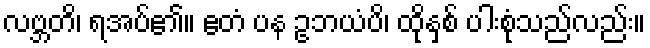
လဗ္ဘတိ၊ ရအပ်၏။ ဧတံ ပန ဥဘယံပိ၊ ထိုနှစ် ပါးစုံသည်လည်း။